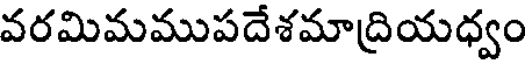
వరమిమముపదేశమాద్రియధ్వం